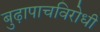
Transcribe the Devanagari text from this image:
बुढ़ापाचविरोधी